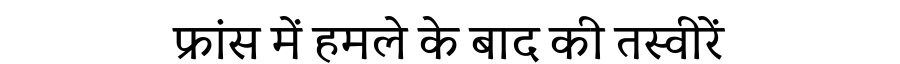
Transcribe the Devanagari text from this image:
फ्रांस में हमले के बाद की तस्वीरें